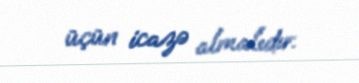
üçün icazə almalıdır.